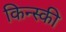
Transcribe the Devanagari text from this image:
किन्स्की